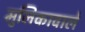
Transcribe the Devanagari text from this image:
मुलिकावाले